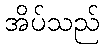
အိပ်သည်